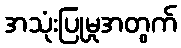
အသုံးပြုမှုအတွက်